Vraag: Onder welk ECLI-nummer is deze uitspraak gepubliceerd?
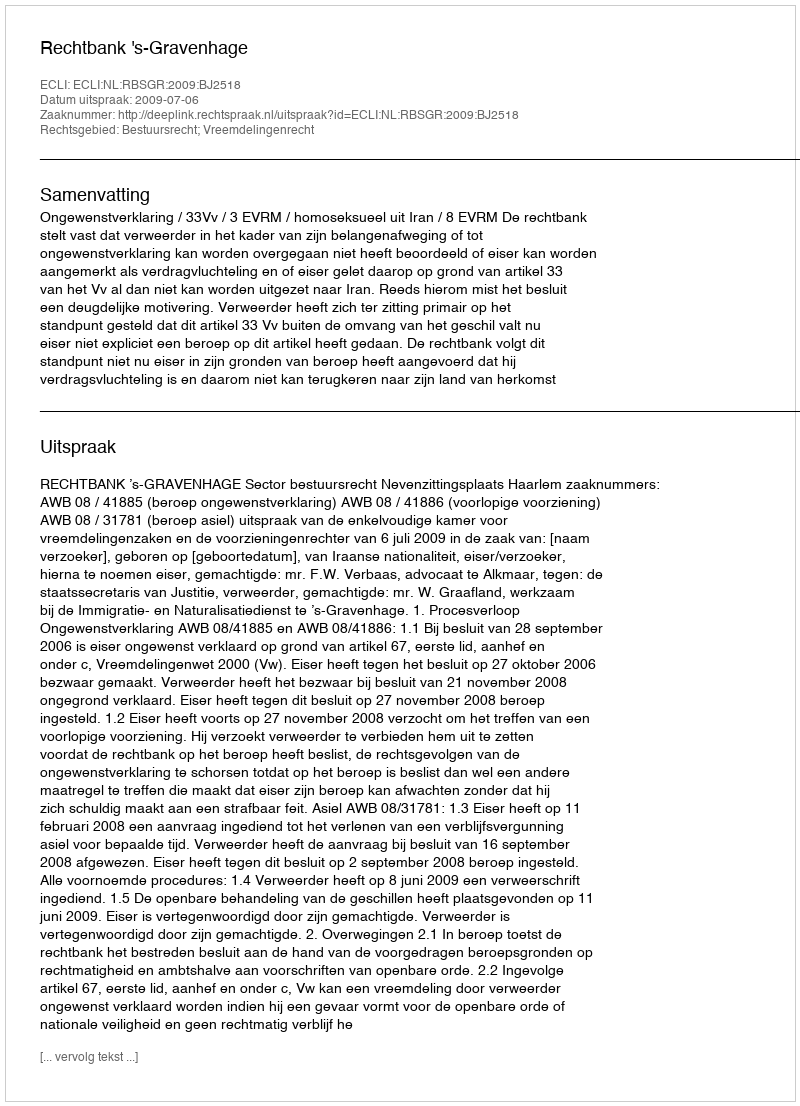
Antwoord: ECLI:NL:RBSGR:2009:BJ2518